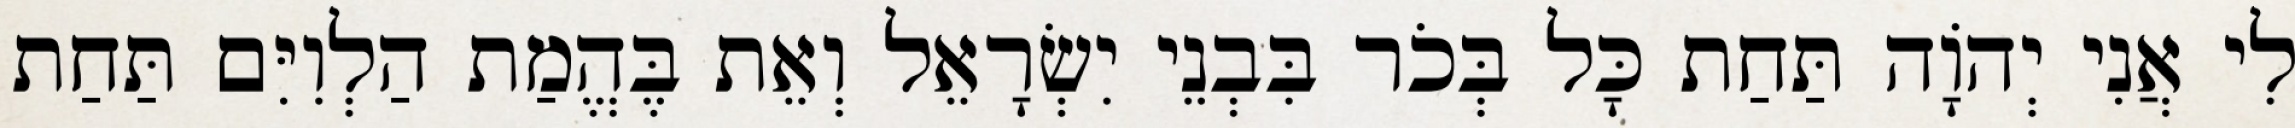
לִי אֲנִי יְהֹוָה תַּחַת כָּל בְּכֹר בִּבְנֵי יִשְׂרָאֵל וְאֵת בֶּהֱמַת הַלְוִיִּם תַּחַת